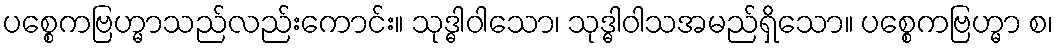
ပစ္စေကဗြဟ္မာသည်လည်းကောင်း။ သုဒ္ဓါဝါသော၊ သုဒ္ဓါဝါသအမည်ရှိသော။ ပစ္စေကဗြဟ္မာ စ၊